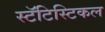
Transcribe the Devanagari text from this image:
स्टॅटिस्टिकल